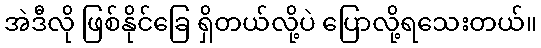
အဲဒီလို ဖြစ်နိုင်ခြေ ရှိတယ်လို့ပဲ ပြောလို့ရသေးတယ်။